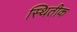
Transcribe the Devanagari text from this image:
स्थितीक